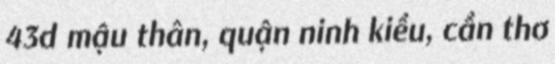
43d mậu thân, quận ninh kiều, cần thơ